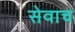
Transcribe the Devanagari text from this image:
सेवाच